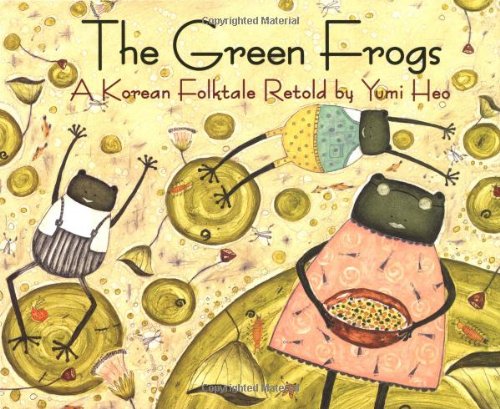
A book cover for The Green Frogs: A Korean Folktale; Yumi Heo; Children's Books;